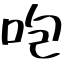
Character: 咆